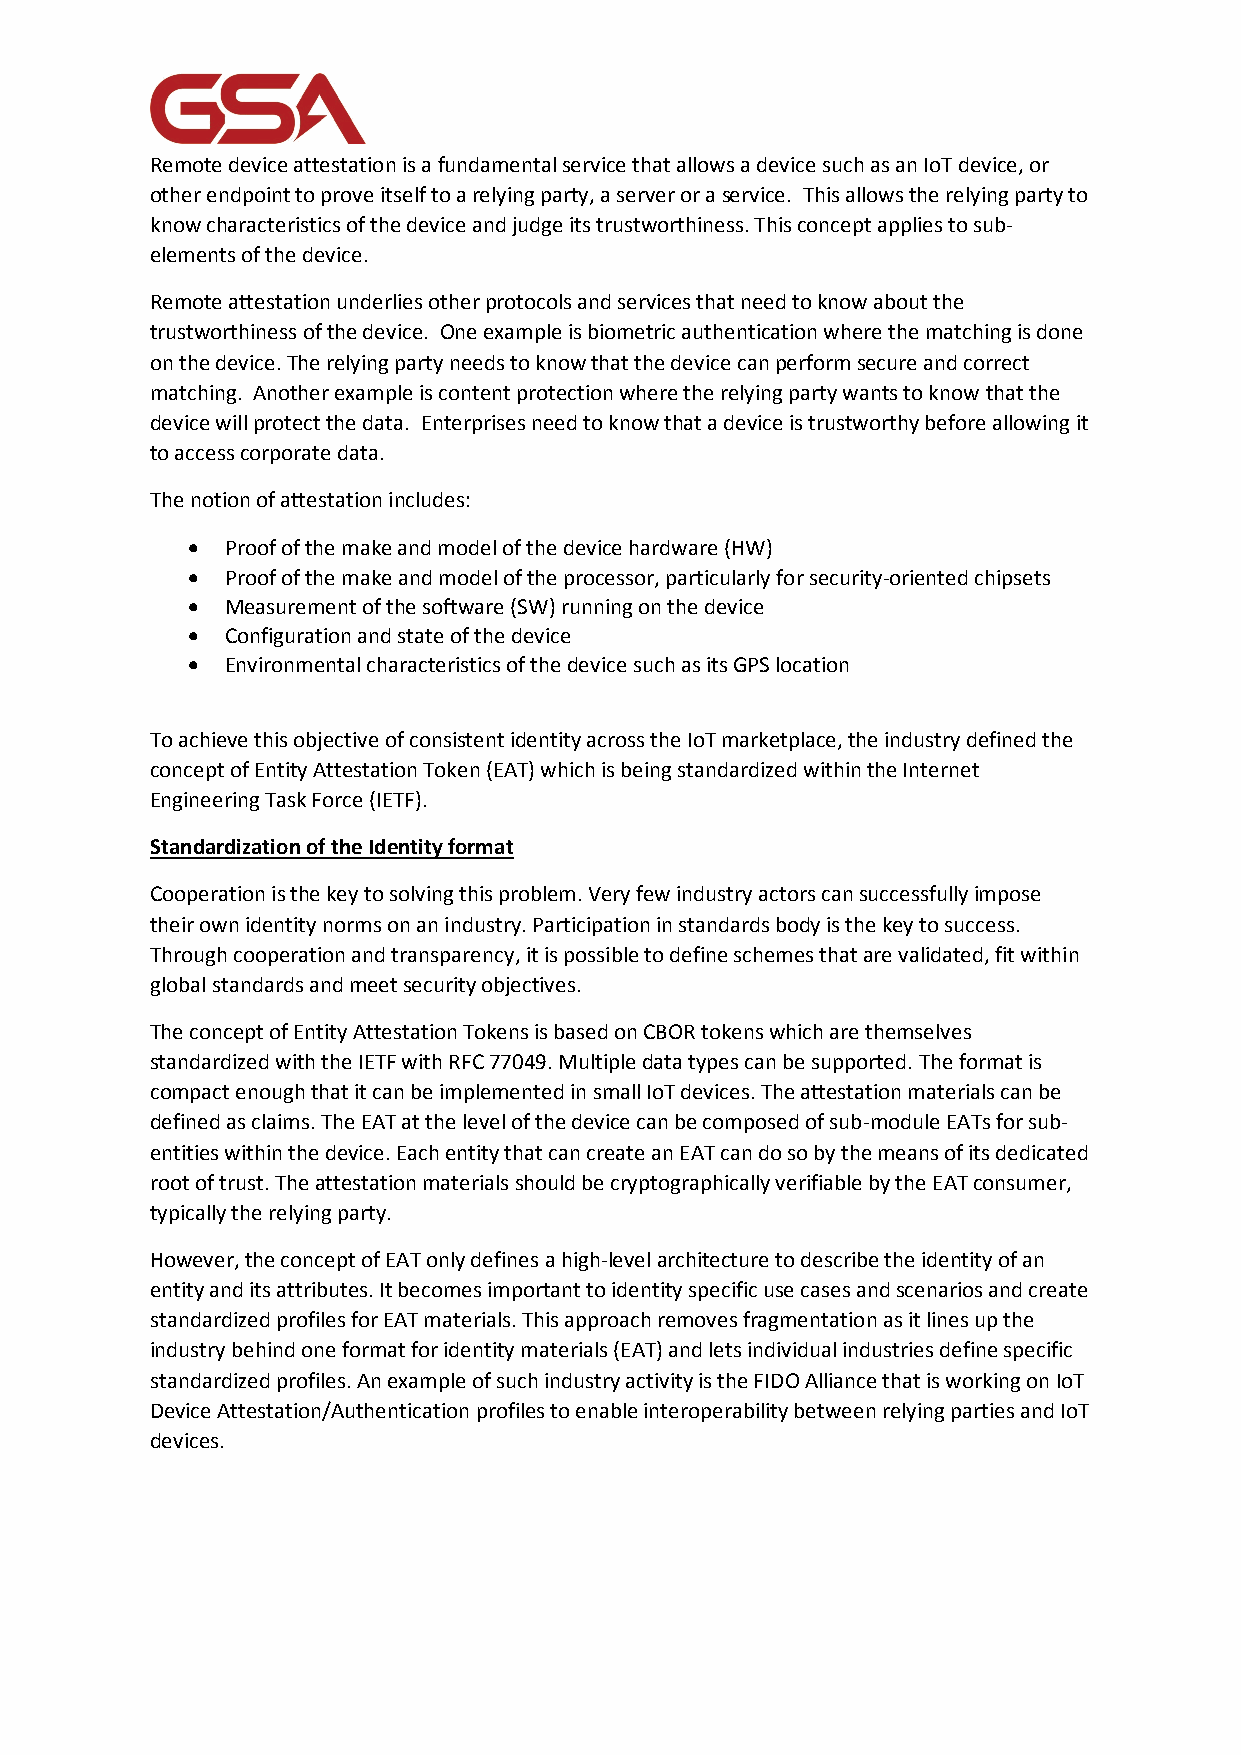
Remote device attestation is a fundamental service that allows a device such as an IoT device, or
 other endpoint to prove itself to a relying party, a server or a service. This allows the relying party to
 know characteristics of the device and judge its trustworthiness. This concept applies to sub-
 elements of the device.
 Remote attestation underlies other protocols and services that need to know about the
 trustworthiness of the device. One example is biometric authentication where the matching is done
 on the device. The relying party needs to know that the device can perform secure and correct
 matching. Another example is content protection where the relying party wants to know that the
 device will protect the data. Enterprises need to know that a device is trustworthy before allowing it
 to access corporate data.
 The notion of attestation includes:
 •  Proof of the make and model of the device hardware (HW)
 •  Proof of the make and model of the processor, particularly for security-oriented chipsets
 •  Measurement of the software (SW) running on the device
 •  Configuration and state of the device
 •  Environmental characteristics of the device such as its GPS location
 To achieve this objective of consistent identity across the IoT marketplace, the industry defined the
 concept of Entity Attestation Token (EAT) which is being standardized within the Internet
 Engineering Task Force (IETF).
 Standardization of the Identity format
 Cooperation is the key to solving this problem. Very few industry actors can successfully impose
 their own identity norms on an industry. Participation in standards body is the key to success.
 Through cooperation and transparency, it is possible to define schemes that are validated, fit within
 global standards and meet security objectives.
 The concept of Entity Attestation Tokens is based on CBOR tokens which are themselves
 standardized with the IETF with RFC 77049. Multiple data types can be supported. The format is
 compact enough that it can be implemented in small IoT devices. The attestation materials can be
 defined as claims. The EAT at the level of the device can be composed of sub-module EATs for sub-
 entities within the device. Each entity that can create an EAT can do so by the means of its dedicated
 root of trust. The attestation materials should be cryptographically verifiable by the EAT consumer,
 typically the relying party.
 However, the concept of EAT only defines a high-level architecture to describe the identity of an
 entity and its attributes. It becomes important to identity specific use cases and scenarios and create
 standardized profiles for EAT materials. This approach removes fragmentation as it lines up the
 industry behind one format for identity materials (EAT) and lets individual industries define specific
 standardized profiles. An example of such industry activity is the FIDO Alliance that is working on IoT
 Device Attestation/Authentication profiles to enable interoperability between relying parties and IoT
 devices.